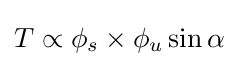
T\propto \phi _{s}\times \phi _{u}\sin \alpha